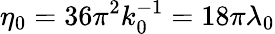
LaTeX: \eta_{0}=36\pi^{2}k_{0}^{-1}=18\pi\lambda_{0}